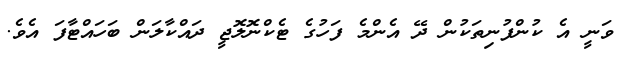
ވަނީ އެ ކުންފުނިތަކުން ދޭ އެންމެ ފަހުގެ ޓެކްނޮލޮޖީ ދައްކާލަން ބަހައްޓާފަ އެވެ.